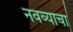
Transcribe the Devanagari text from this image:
नवव्याचा